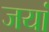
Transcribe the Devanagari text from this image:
जयां